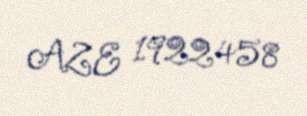
AZE 1922458